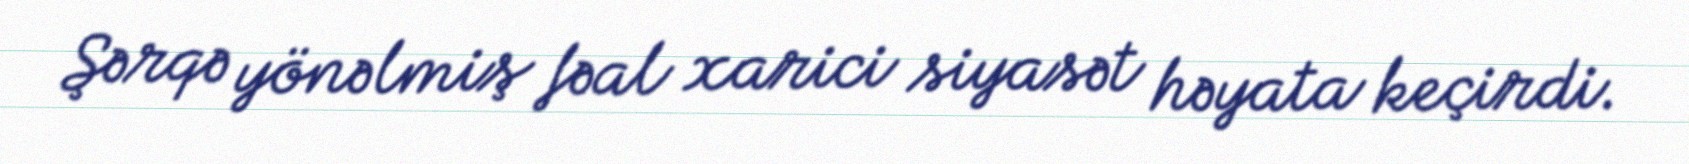
Şərqə yönəlmiş fəal xarici siyasət həyata keçirdi.